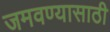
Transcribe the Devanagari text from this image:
जमवण्यासाठी